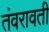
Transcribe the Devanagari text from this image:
तंवरावती